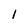
Character: l